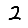
Digit: 2